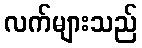
လက်များသည်